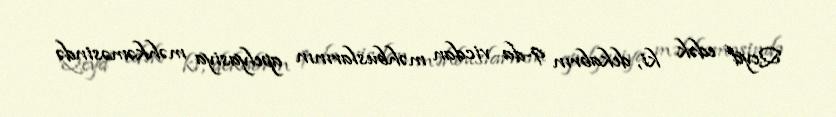
Qeyd edək ki, dekabrın 9-da vicdan məhbuslarının apelyasiya məhkəməsində